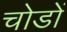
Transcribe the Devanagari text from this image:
चोडों